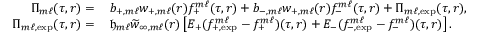
\begin{array} { r l } { \Pi _ { m \ell } ( \tau , r ) = } & { \: b _ { + , m \ell } w _ { + , m \ell } ( r ) f _ { + } ^ { m \ell } ( \tau , r ) + b _ { - , m \ell } w _ { + , m \ell } ( r ) f _ { - } ^ { m \ell } ( \tau , r ) + \Pi _ { m \ell , \mathrm { e x p } } ( \tau , r ) , } \\ { \Pi _ { m \ell , \mathrm { e x p } } ( \tau , r ) = } & { \: { \mathfrak { h } } _ { m \ell } \widetilde { w } _ { \infty , m \ell } ( r ) \left[ E _ { + } ( f _ { + , \mathrm { e x p } } ^ { m \ell } - f _ { + } ^ { m \ell } ) ( \tau , r ) + E _ { - } ( f _ { - , \mathrm { e x p } } ^ { m \ell } - f _ { - } ^ { m \ell } ) ( \tau , r ) \right] . } \end{array}